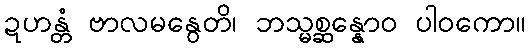
ဍဟန္တံ ဗာလမနွေတိ၊ ဘသ္မစ္ဆန္နောဝ ပါဝကော။